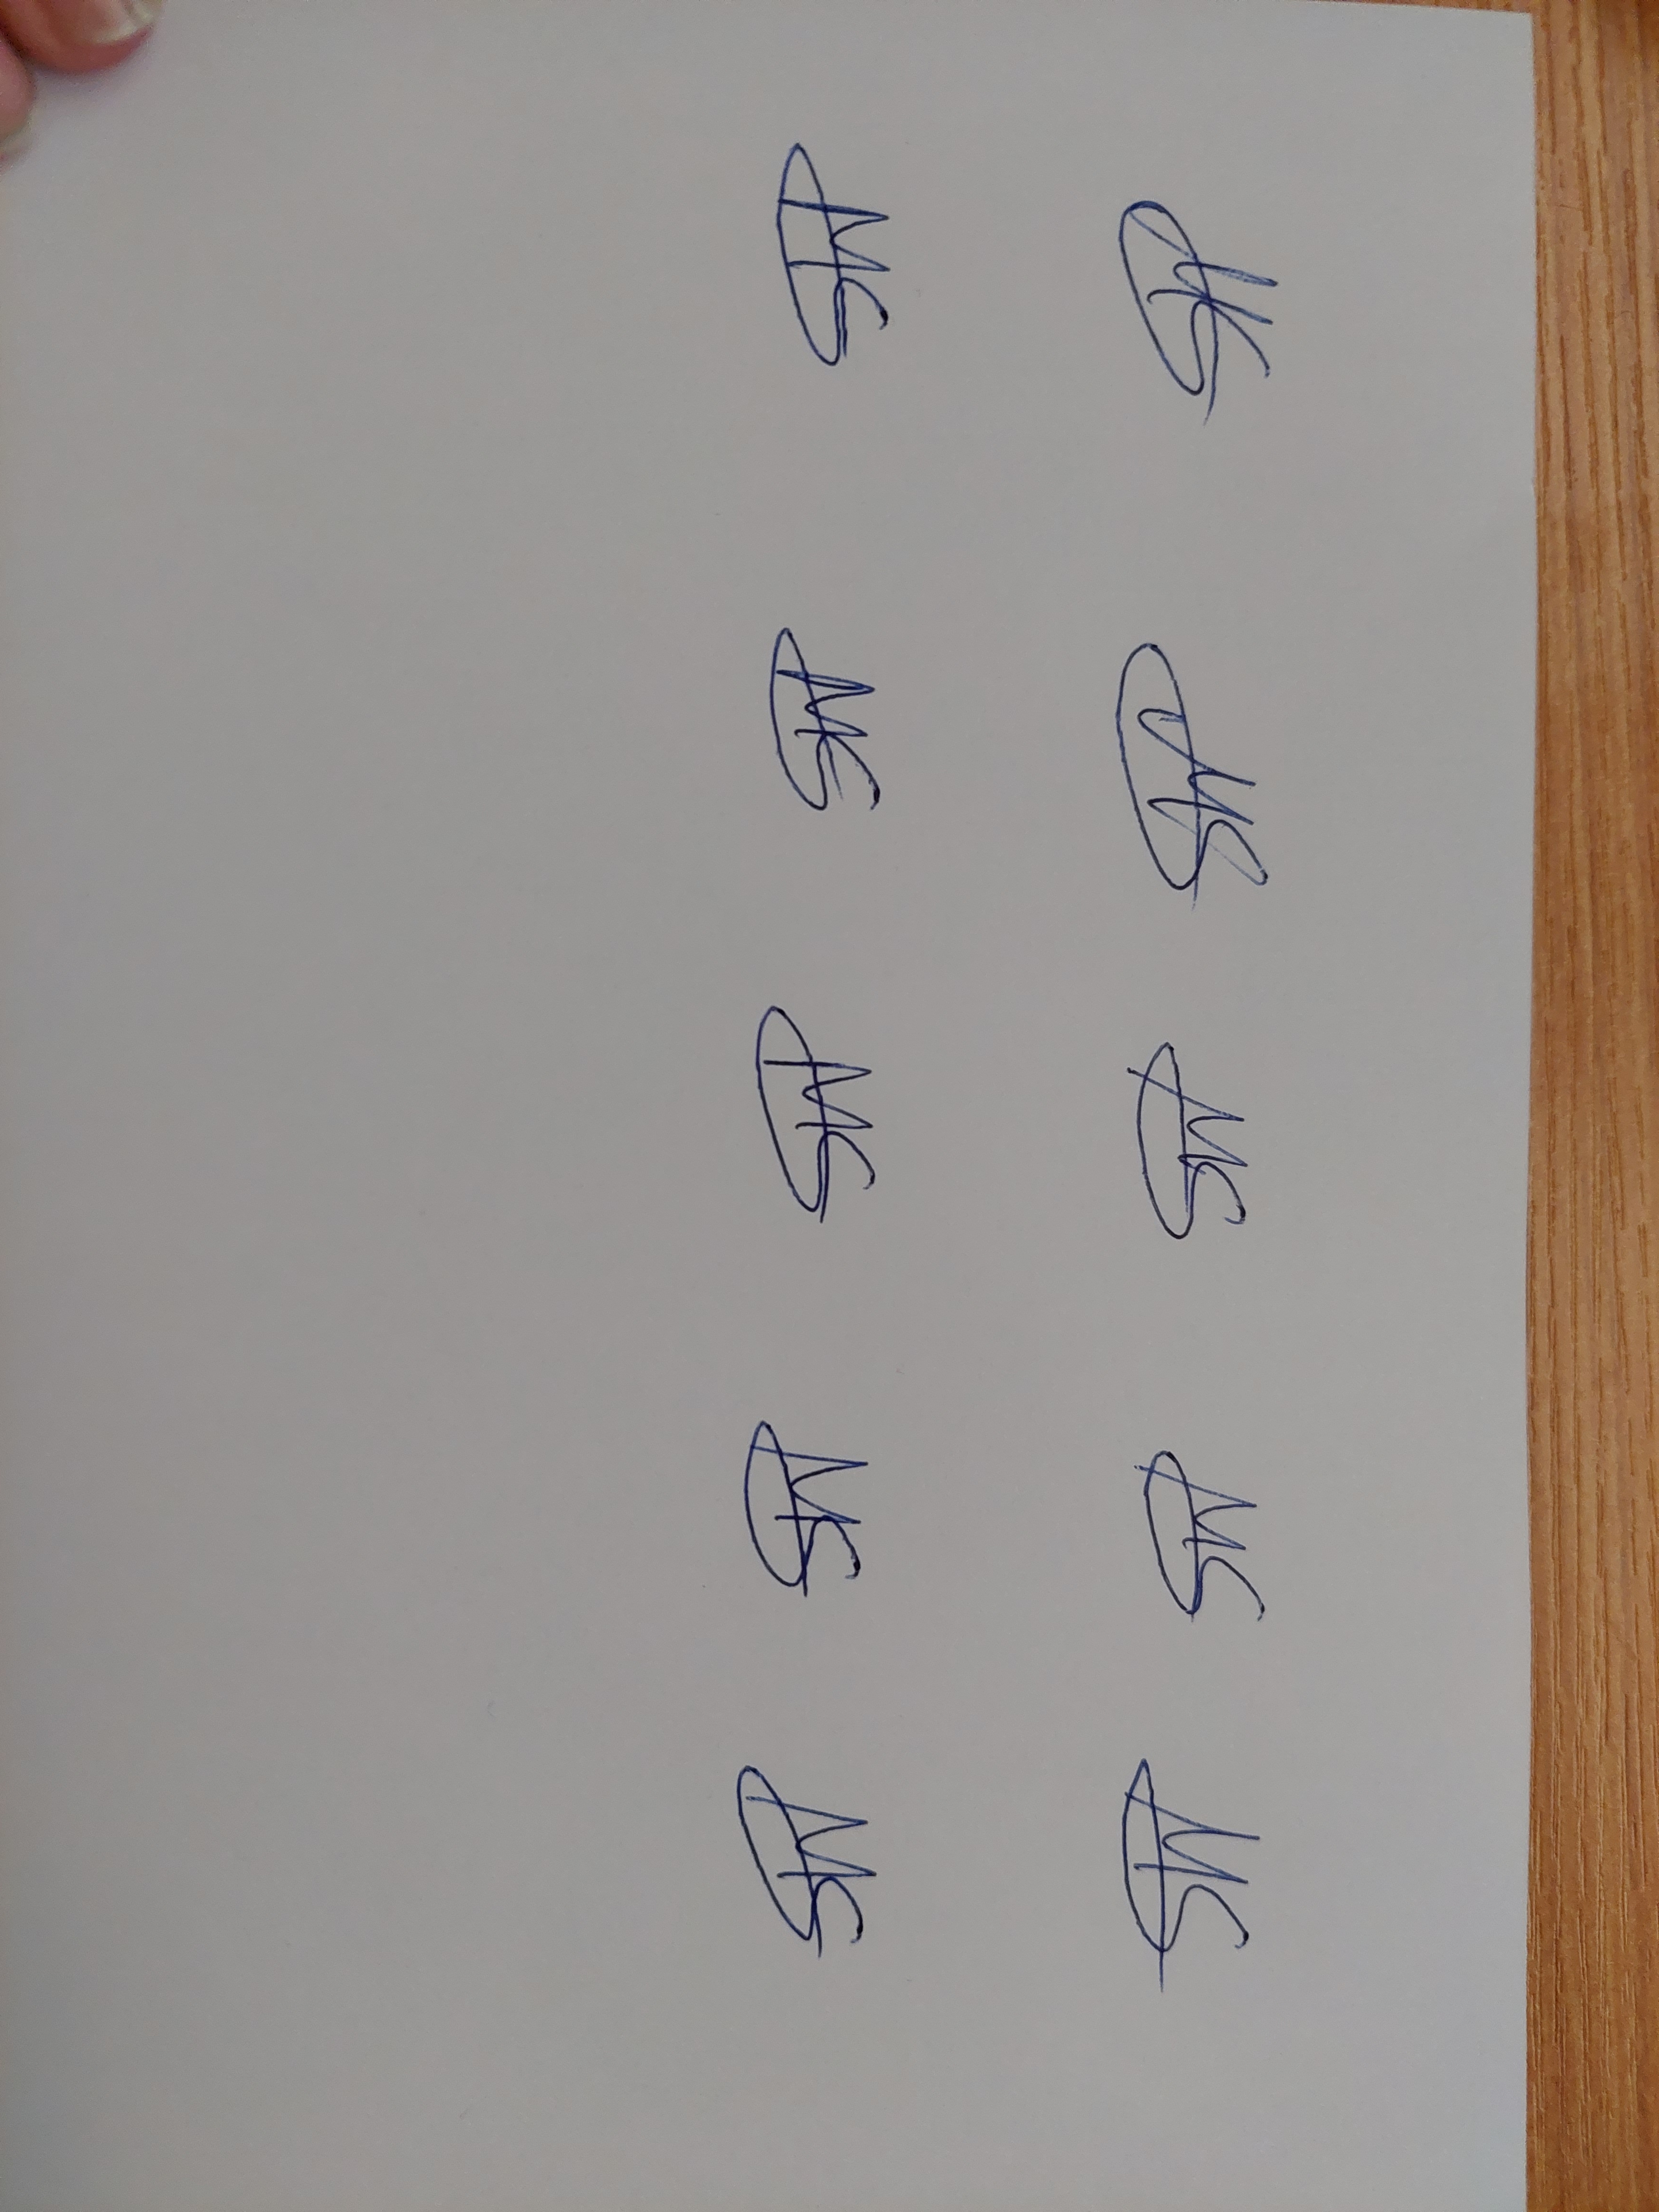
Signature authenticity: genuine